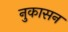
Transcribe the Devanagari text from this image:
नुकासन